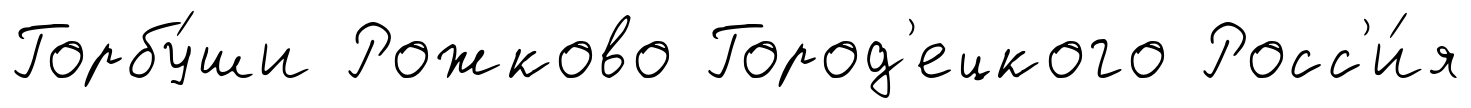
Горбу́ши Рожково Город'ецкого Росс'и́я